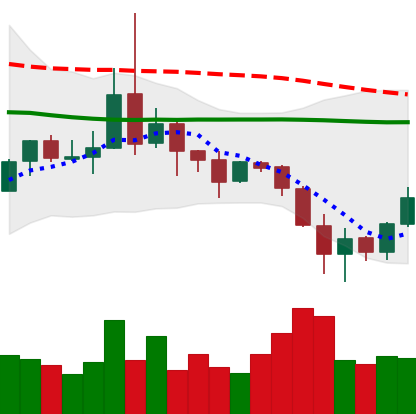
Ticker: DOGE-USD
Chart end date: 2019-08-19
Forward return: -4.862%
Label: down_3_5